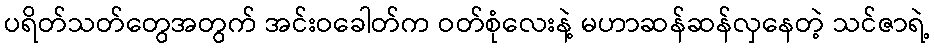
ပရိတ်သတ်တွေအတွက် အင်းဝခေါတ်က ဝတ်စုံလေးနဲ့ မဟာဆန်ဆန်လှနေတဲ့ သင်ဇာရဲ့